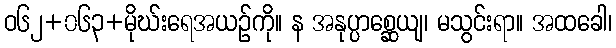
ဝ၆၂+၀၆၃+မိုဃ်းရေအယဉ်ကို။ န အနုပ္ပာစ္ဆေယျ၊ မသွင်းရာ။ အထခေါ၊